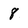
Character: 8